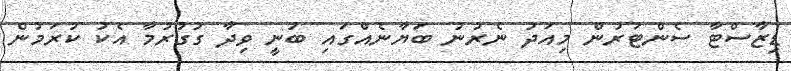
ޑިޒާސްޓާ ސެންޓަރުން މިއަދު ނެރުނު ބަޔާނެއްގައި ބުނީ ވިދާ ގުގުރުމާ އެކު ކުރަމުން